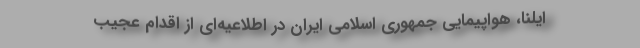
ایلنا، هواپیمایی جمهوری اسلامی ایران در اطلاعیه‌ای از اقدام عجیب